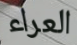
العراء